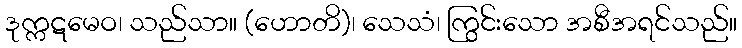
ဒုက္ကဋမေဝ၊ သည်သာ။ (ဟောတိ)၊ သေသံ၊ ကြွင်းသော အစီအရင်သည်။